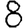
Digit: 8